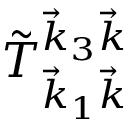
\tilde { T } _ { \vec { k } _ { 1 } \vec { k } } ^ { \vec { k } _ { 3 } \vec { k } }